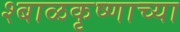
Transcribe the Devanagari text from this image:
श्बाळकृष्णाच्या